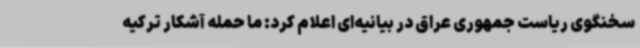
سخنگوی ریاست جمهوری عراق در بیانیه‌ای اعلام کرد: ما حمله آشکار ترکیه